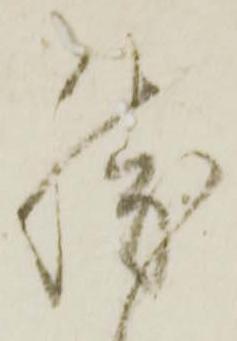
勝